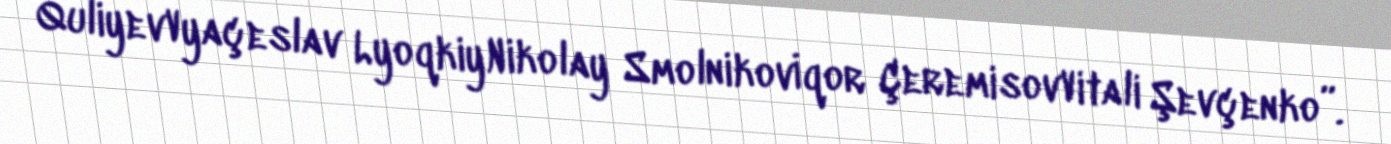
QuliyevVyaçeslav LyoqkiyNikolay Smolnikovİqor ÇeremisovVitali Şevçenko”.